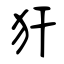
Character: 犴